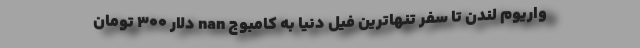
واریوم لندن تا سفر تنهاترین فیل دنیا به کامبوج nan دلار ۳۰۰ تومان